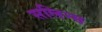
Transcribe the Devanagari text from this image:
सलिन्स